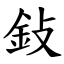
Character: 鈙